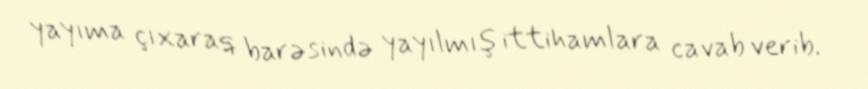
yayıma çıxaraq barəsində yayılmış ittihamlara cavab verib.